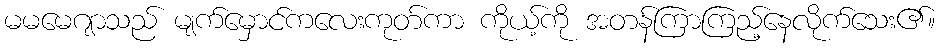
မမမေဂျာသည် မျက်မှောင်ကလေးကုတ်ကာ ကိုယ့်ကို အတန်ကြာကြည့်နေလိုက်သေး၏။